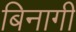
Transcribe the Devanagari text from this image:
बिनागी